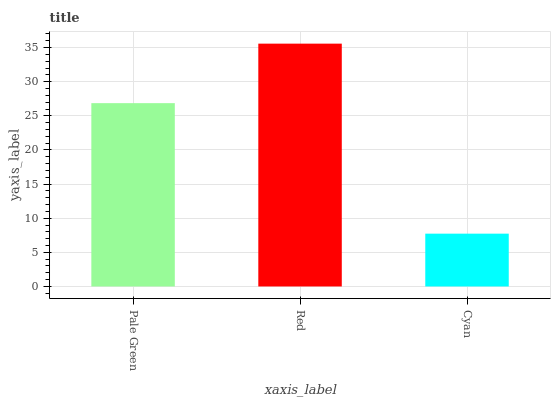
| xaxis_label | bars |
 | --- | --- |
 | Pale Green | 26.9 |
 | Red | 35.6 |
 | Cyan | 7.74 |